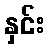
နှင်း